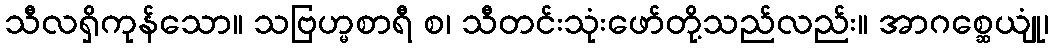
သီလရှိကုန်သော။ သဗြဟ္မစာရီ စ၊ သီတင်းသုံးဖော်တို့သည်လည်း။ အာဂစ္ဆေယျုံ၊